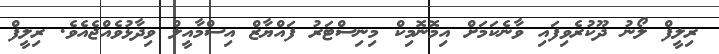
ރިލީފް ލޯނު ދޫކުރެވިފައި ވާނެކަމަށް އިމޮނޮމިކް މިނިސްޓަރު ފައްޔާޒް އިސްމާއީލް ވިދާޅުވެއްޖެއެވެ. ރިލީފް